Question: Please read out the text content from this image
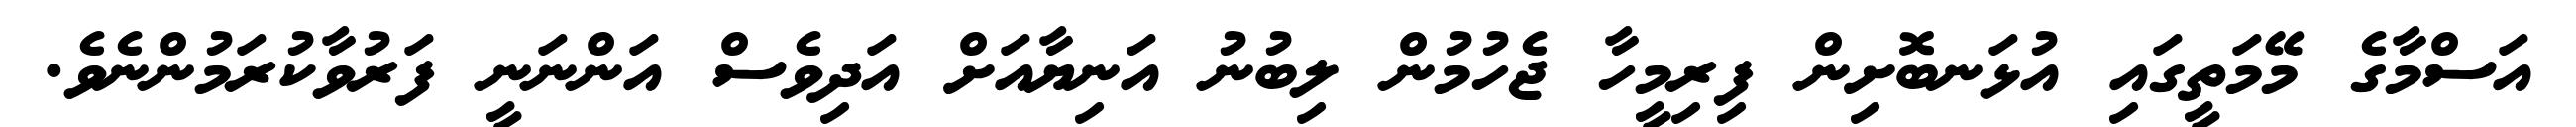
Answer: އަސްމާގެ މޭމަތީގައި އުޅަނބޮށިން ފިރިމީހާ ޖެހުމުން ލިބުނު އަނިޔާއަށް އަދިވެސް އަންނަނީ ފަރުވާކުރަމުންނެވެ.